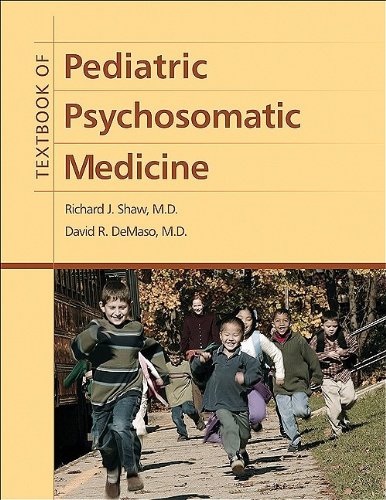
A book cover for Textbook of Pediatric Psychosomatic Medicine; Richard J. Shaw; Medical Books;